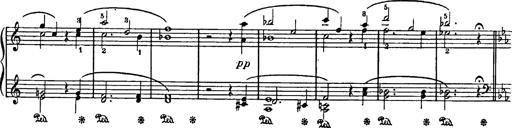
Title: Feierlicher Marsch zum heiligen Gral aus Parsifal
Composer: Franz Liszt